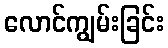
လောင်ကျွမ်းခြင်း